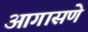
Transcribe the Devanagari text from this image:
आगासणे